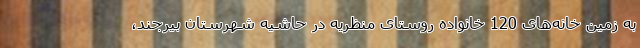
به زمین‌ خانه‌های 120 خانواده روستای منظریه در حاشیه شهرستان بیرجند،